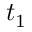
t _ { 1 }